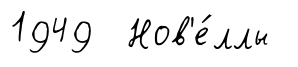
1949 Нов'е́ллы